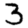
Digit: 3